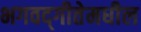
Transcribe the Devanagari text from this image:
भगवद्‍गीतेमधील